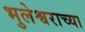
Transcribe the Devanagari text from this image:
भुलेश्वराच्या